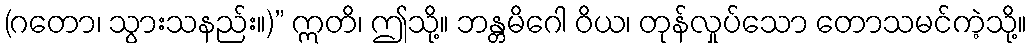
(ဂတော၊ သွားသနည်း။)” ဣတိ၊ ဤသို့။ ဘန္တမိဂေါ ဝိယ၊ တုန်လှုပ်သော တောသမင်ကဲ့သို့။